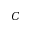
C